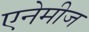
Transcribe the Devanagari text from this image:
एनेमीज